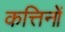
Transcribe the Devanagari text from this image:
कत्तिनों